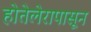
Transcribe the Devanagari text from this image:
होतेलेरापासून